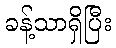
ခန့်သာရှိပြီး